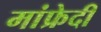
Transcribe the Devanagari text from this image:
मांफ्रेदी